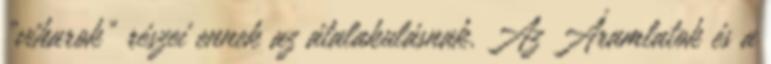
„viharok” részei ennek az átalakulásnak. Az Áramlatok és a